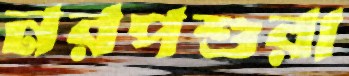
নরপশুরা